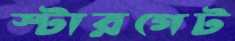
স্টারগেট